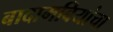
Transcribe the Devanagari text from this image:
बादामबियांचा